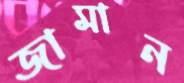
জামান